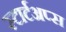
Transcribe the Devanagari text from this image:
स्टार्टअप्स